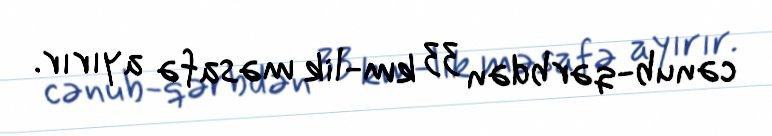
cənub-qərbdən 33 km-lik məsafə ayırır.